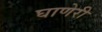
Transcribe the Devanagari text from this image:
घाणेरी